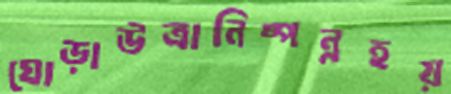
ঘোড়াউত্রানিষ্পন্নহয়